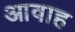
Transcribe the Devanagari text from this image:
आवाह